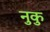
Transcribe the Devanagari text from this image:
नुकु